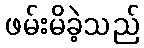
ဖမ်းမိခဲ့သည်